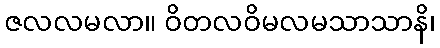
ဇလလမလာ။ ဝိတလဝိမလမသာသာနိ၊